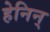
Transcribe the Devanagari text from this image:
हेनिन्